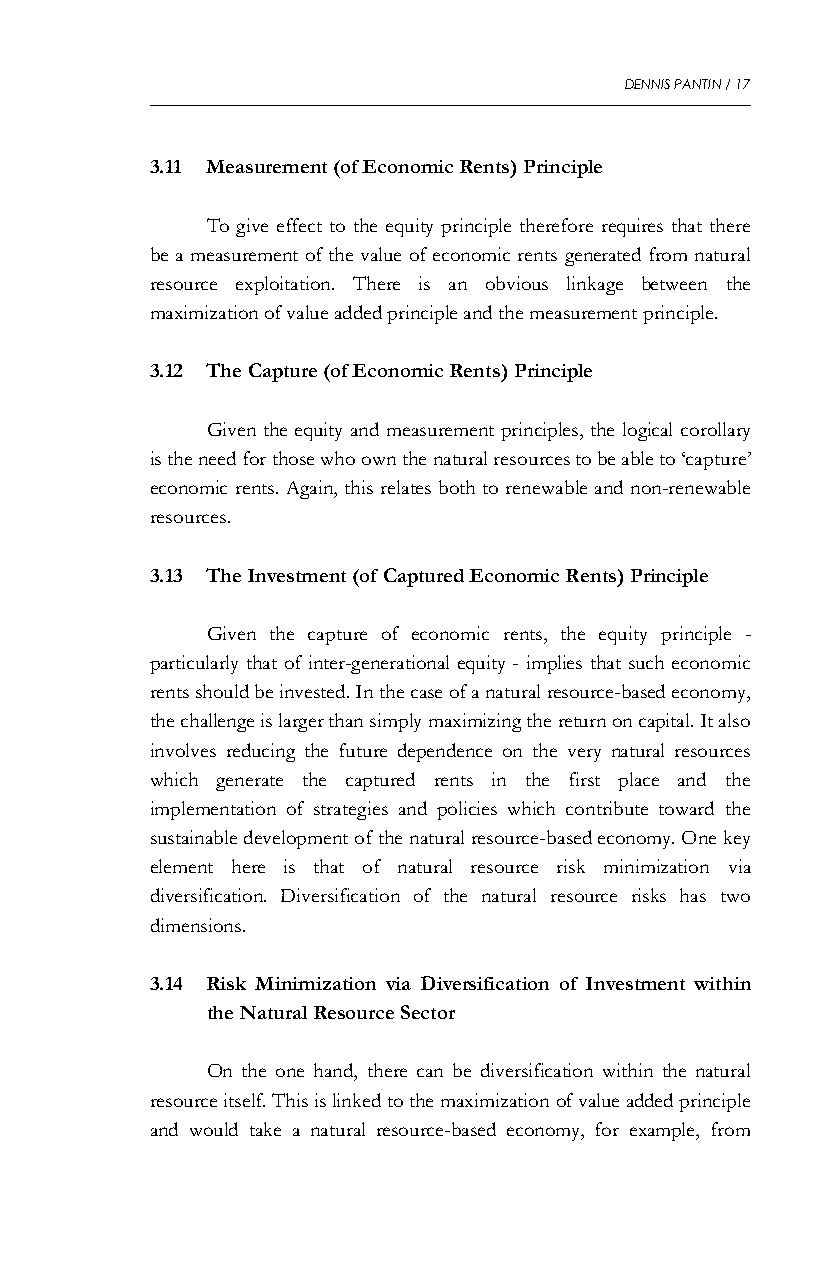
DENNIS PANTIN / 17
 3.11 Measurement (of Economic Rents) Principle
 To give effect to the equity principle therefore requires that there
 be a measurement of the value of economic rents generated from natural
 resource exploitation. There is an obvious linkage between the
 maximization of value added principle and the measurement principle.
 3.12 The Capture (of Economic Rents) Principle
 Given the equity and measurement principles, the logical corollary
 is the need for those who own the natural resources to be able to ‘capture’
 economic rents. Again, this relates both to renewable and non-renewable
 resources.
 3.13 The Investment (of Captured Economic Rents) Principle
 Given the capture of economic rents, the equity principle -
 particularly that of inter-generational equity - implies that such economic
 rents should be invested. In the case of a natural resource-based economy,
 the challenge is larger than simply maximizing the return on capital. It also
 involves reducing the future dependence on the very natural resources
 which generate the captured rents in the first place and the
 implementation of strategies and policies which contribute toward the
 sustainable development of the natural resource-based economy. One key
 element here is that of natural resource risk minimization via
 diversification. Diversification of the natural resource risks has two
 dimensions.
 3.14 Risk Minimization via Diversification of Investment within
 the Natural Resource Sector
 On the one hand, there can be diversification within the natural
 resource itself. This is linked to the maximization of value added principle
 and would take a natural resource-based economy, for example, from